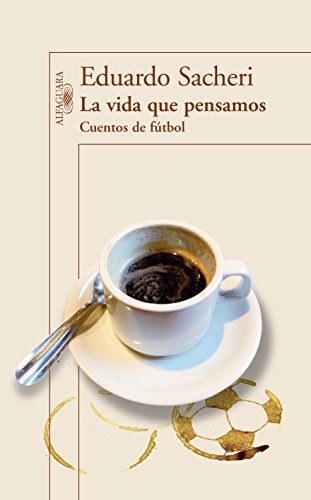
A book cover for La vida que pensamos. Cuentos de futbol (Spanish Edition); Eduardo Sacheri; Literature & Fiction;